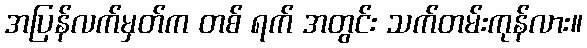
အပြန်လက်မှတ်က တစ် ရက် အတွင်း သက်တမ်းကုန်လား။